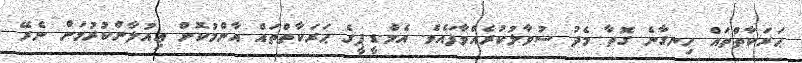
ޙަރަކާތްތައް ހިނގާނެ ގޮތާ މެދު ސުވާލުކުރެއްވާފައެވެ. އެމް.ޑީ.ޕީގެ ޙަރަކާތްތައް އާންމުކޮށް ޢިއުލާންކުރުމަށް ނެރޭ